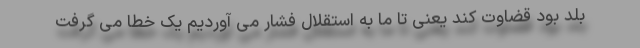
بلد بود قضاوت کند یعنی تا ما به استقلال فشار می آوردیم یک خطا می گرفت